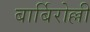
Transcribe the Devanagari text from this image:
बार्बिरोल्ली